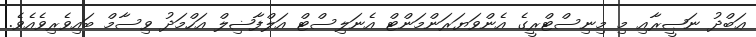
ޢަބްދު ނަޞީރާއި މި މިނިސްޓްރީގެ އެންވަޔަރަންމަންޓް އެނަލިސްޓް އަލްފާޟިލް އަހްމަދު ވިސާމް ބައިވެރިވެއެވެ.